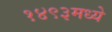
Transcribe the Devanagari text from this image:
१४९३मध्ये